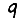
Digit: 9